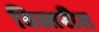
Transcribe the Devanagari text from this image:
विस्तरीत